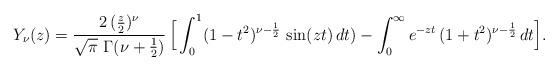
LaTeX: \begin{align*} Y_\nu (z) = \frac{2 \, (\frac z2)^\nu}{\sqrt{\pi}\ \Gamma(\nu+\frac 12)}\, \Big[\int_0^1 (1-t^2)^{\nu-\frac 12}\, \sin(zt)\, dt ) -\int_0^\infty e^{-zt}\, (1+t^2)^{\nu-\frac 12}\, dt\Big].\end{align*}